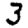
Digit: 3